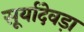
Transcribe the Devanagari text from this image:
सूर्यादेवड़ा